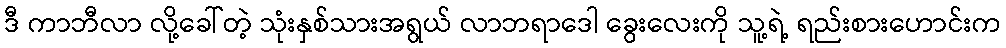
ဒီ ကာဘီလာ လို့ခေါ်တဲ့ သုံးနှစ်သားအရွယ် လာဘရာဒေါ ခွေးလေးကို သူ့ရဲ့ ရည်းစားဟောင်းက